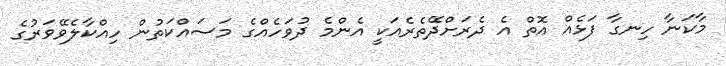
މާކަނާ ހިނގާ ފަޅެއް އޮތް އެ ދެރަށްދޭތެރެއަކީ އެންމެ ދުވަހެއްގެ މަސައްކަތުން ހިއްކާލެވޭވަރުގެ